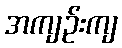
အကျဉ်းကျ